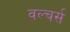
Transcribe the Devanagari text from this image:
वल्चर्स